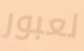
لعبور